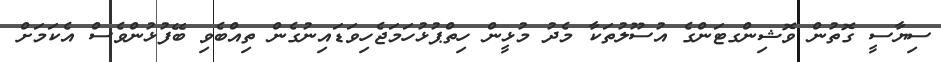
ސިޔާސީ ގޮތުން ވޮޝިންގޓަންގެ އުސޫލުތަކާ މެދު މުޅީން ހިތްޕުޅުހަމަޖެހިވަޑައިނުގެން ތިއްބެވި ބޭފުޅުންވެސް އެކަމަށް